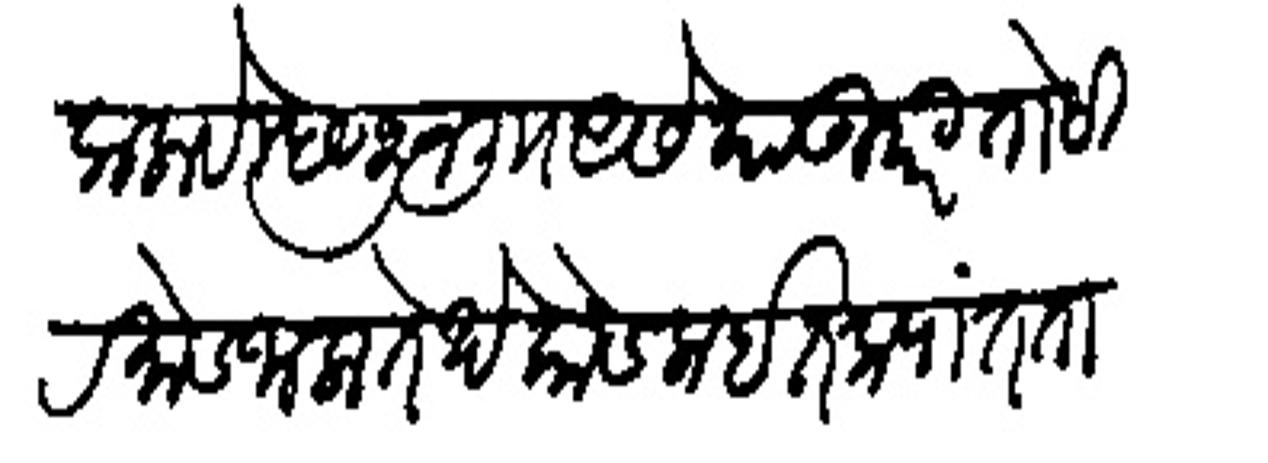
Transliteration (Devanagari): कलावे म्हणून खिाा असे या उपरि तो हिरमोड जाला तेथे कोडला इतवर्यांत ताबडतोब